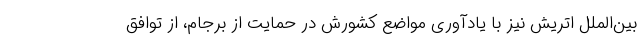
بین‌الملل اتریش نیز با یادآوری مواضع کشورش در حمایت از برجام، از توافق